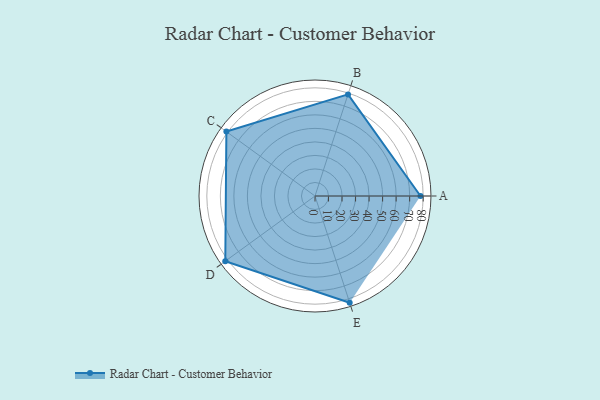
{"axis": {"x": "Skill", "y": "Score"}, "legend": ["Profile"], "data": [{"x": "A", "y": 78.0, "type": "Profile"}, {"x": "B", "y": 79.0, "type": "Profile"}, {"x": "C", "y": 81.0, "type": "Profile"}, {"x": "D", "y": 82.0, "type": "Profile"}, {"x": "E", "y": 83.0, "type": "Profile"}]}